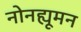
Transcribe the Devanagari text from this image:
नोनह्यूमन